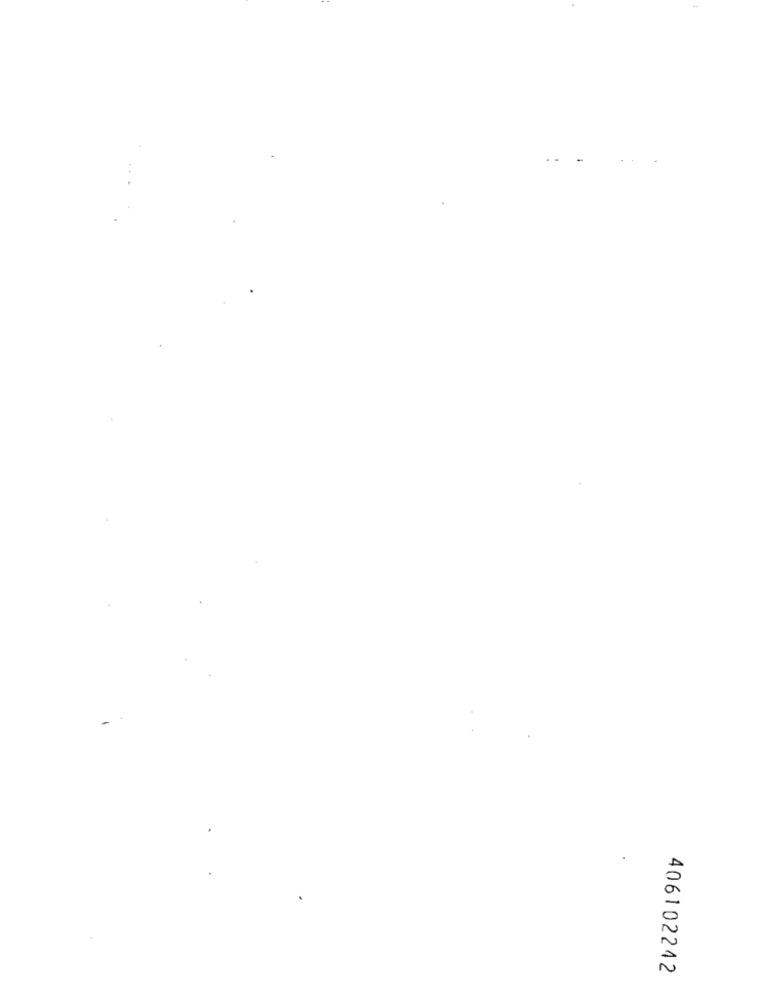
. .
406102242